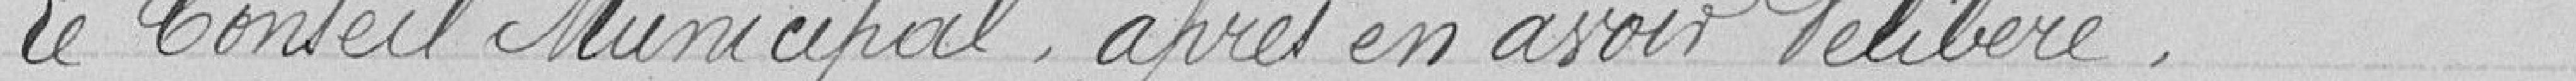
Le Conseil Municipal, après en avoir délibéré,